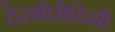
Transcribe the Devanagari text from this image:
देस्मोसेदिसी